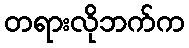
တရားလိုဘက်က